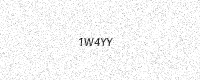
Text: 1W4YY